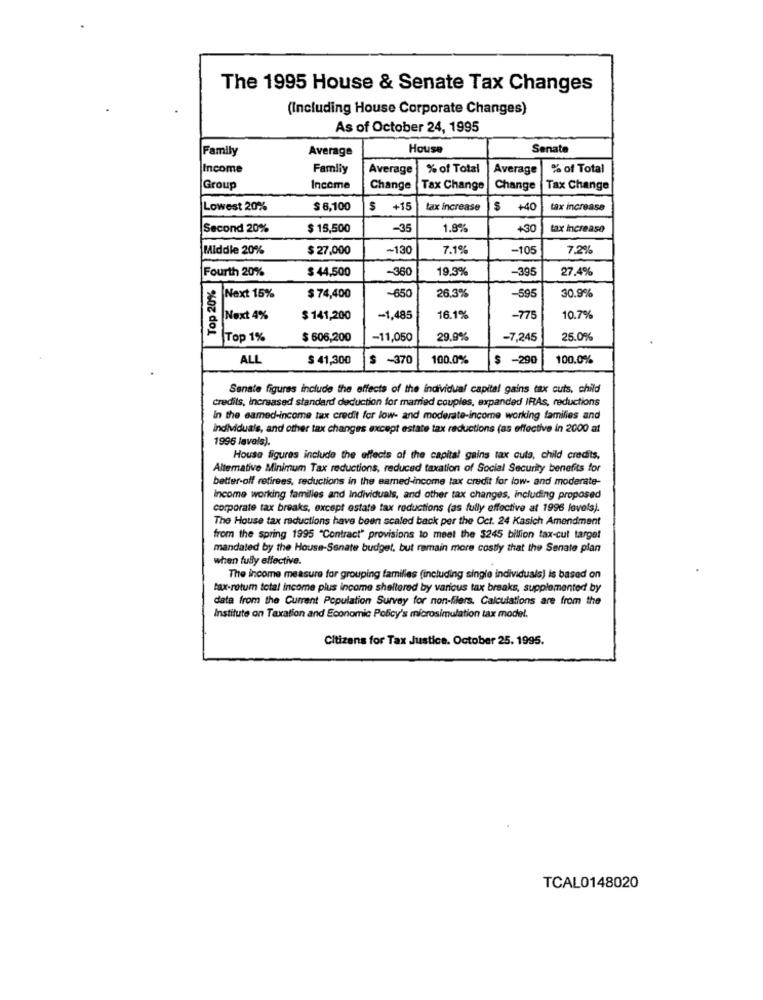
The 1995 House & Senate Tax Changes
(Including House Corporate Changes)
As of October 24, 1995
Family
Average
House
Senate
Income
Famliy
Average
% of Total
Average
% of Total
Group
Income
Change
Tax Change
Change
Tax Change
Lowest 20%
$ 6,100
$
+15
tax increase
$ +40
tax increase
Second 20%
$ 15,500
-35
1.8%
+30
tax Increase
Middle 20%
$ 27,000
-130
7.1%
-105
7.2%
$ 44,500
-360
19.3%
-39
27.4%
Fourth 20%
Top 20%
-650
26.3%
30.9%
Next 15%
$ 74,400
-59
Next 4%
$ 141,200
-1,485
16.1%
-775
10.7%
Top 1%
$ 606,200
-11,050
29.9%
-7,245
25.0%
ALL
$ 41,300
$ -370
100.0%
$ -290
100.0%
Senate figures include the effects of the individual capital gains tax cuts, child
credits, Increased standard deduction for married couples, expanded IRAs, reductions
in the samed-income tax credit for low- and moderate-income working families and
individuals, and other tax changes except estate tax reductions (as effective in 2000 at
1996 levels).
House figures include the effects of the capital gains tax cuts, child credits.
Altemative Minimum Tax reductions, reduced taxation of Social Security benefits for
better-off retirees, reductions in the earned-income tax credit for low- and moderate-
income working families and Individuals, and other tax changes, including proposed
corporate tax breaks, except estate tax reductions (as fully effective at 1996 levels).
The House tax reductions have been scaled back per the Oct. 24 Kasich Amendment
from the spring 1995 "Contract" provisions to meet the $245 billion tax-cut target
mandated by the House-Senate budget, but remain more costly that the Senate plan
when fully effective.
The income measure for grouping families (including single individuals) is based on
tax-rotum total income plus income sheltered by various tax breaks, supplemented by
data from the Current Population Survey for non-filers. Calculations are from the
Institute on Taxation and Economic Policy's microsimulation tax model.
Citizens for Tax Justice. October 25. 1995.
TCAL0148020